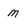
Character: m